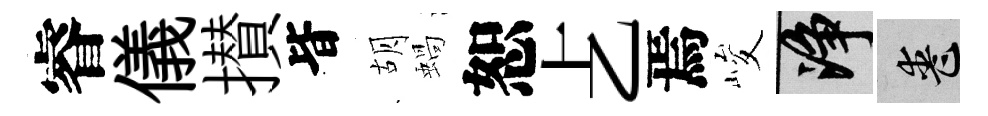
睿儀攅𣅜胡蝸恕𠧒焉峻净喪